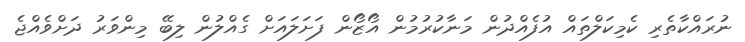
ނުރައްކާތެރި ކެމިކަލްތައް އުފެއްދުން މަނާކުރުމުން އޯޒޯން ފަށަލައަށް ގެއްލުން ލިބޭ މިންވަރު ދަށްވެއްޖެ